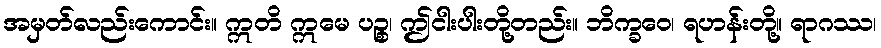
အမှတ်လည်းကောင်း။ ဣတိ ဣမေ ပဉ္စ၊ ဤငါးပါးတို့တည်း။ ဘိက္ခဝေ၊ ရဟန်းတို့။ ရာဂဿ၊